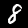
Digit: 8